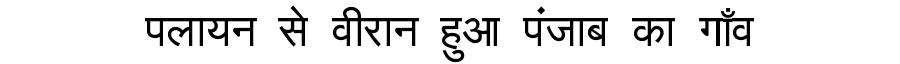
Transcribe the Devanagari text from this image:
पलायन से वीरान हुआ पंजाब का गाँव